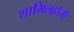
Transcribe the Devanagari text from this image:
शामिलहोती